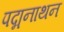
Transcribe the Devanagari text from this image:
पद्मनाथन